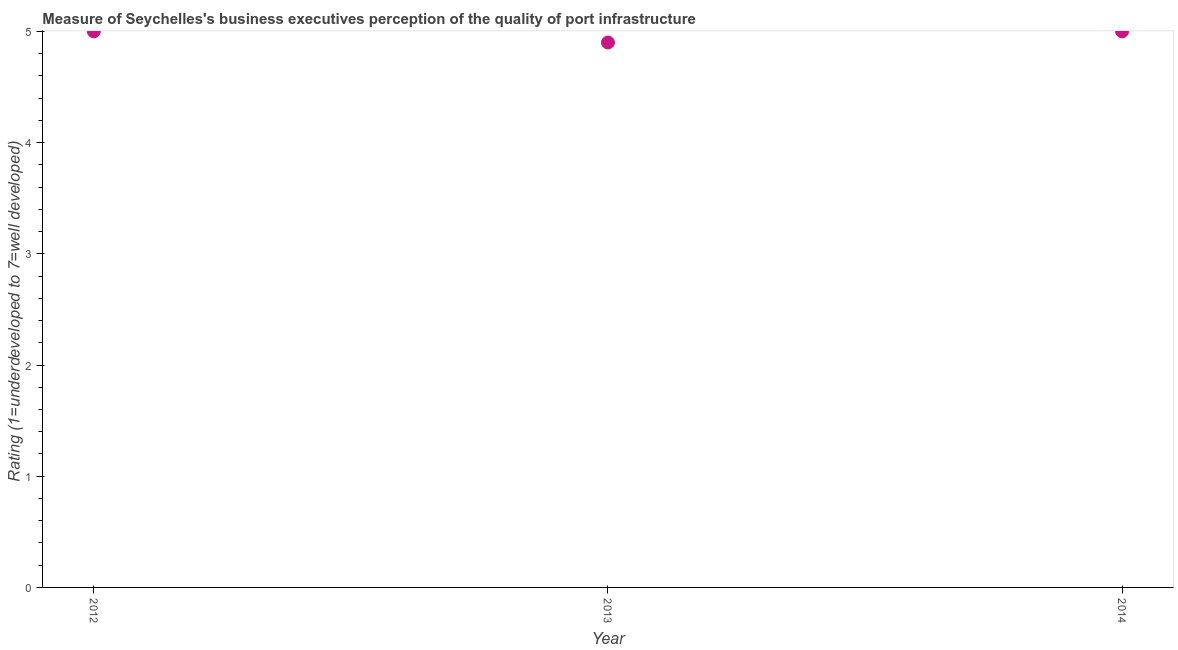
| Year | Quality of port infrastructure |
 | --- | --- |
 | 2012 | 5 |
 | 2013 | 4.9 |
 | 2014 | 5 |